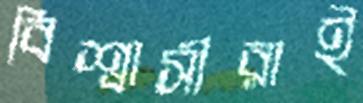
বিশ্বাসীরাই